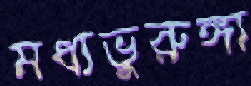
মধ্যভুরুঙ্গা